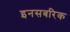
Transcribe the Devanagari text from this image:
इनसबरिक